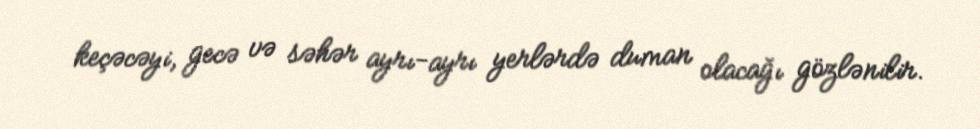
keçəcəyi, gecə və səhər ayrı-ayrı yerlərdə duman olacağı gözlənilir.